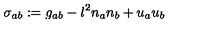
\sigma _ { a b } : = g _ { a b } - l ^ { 2 } n _ { a } n _ { b } + u _ { a } u _ { b }